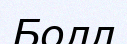
Болл